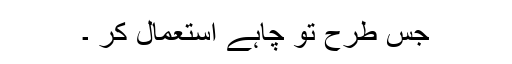
جس طرح تو چاہے استعمال کر ۔